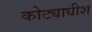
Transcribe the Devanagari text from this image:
कोट्याधीश